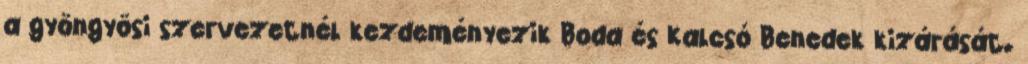
a gyöngyösi szervezetnél kezdeményezik Boda és Kalcsó Benedek kizárását.